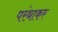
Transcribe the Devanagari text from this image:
परंथाकर